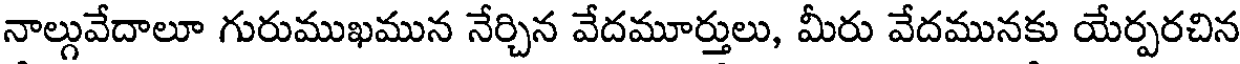
నాల్గువేదాలూ గురుముఖమున నేర్చిన వేదమూర్తులు, మీరు వేదమునకు యేర్పరచిన